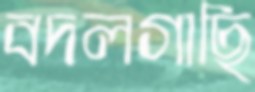
বদলগাছি